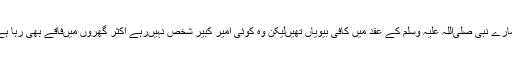
وگرنہ ہمارے نبی صلیٰ‌اللہ علیہ وسلم کے عقد میں‌ کافی بیویاں تھیں‌لیکن وہ کوئی امیر کبیر شخص نہیں‌رہے اکثر گھروں میں‌فاقے بھی رہا ہے انکے ۔